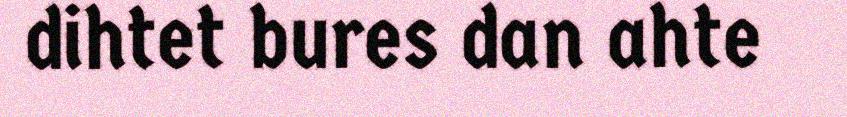
dihtet bures dan ahte